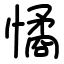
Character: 憰